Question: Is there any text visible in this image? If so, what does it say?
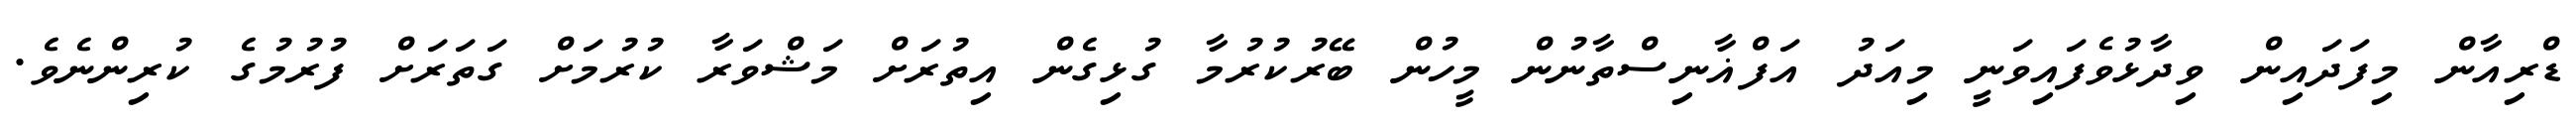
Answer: ޑްރިއާން މިފަދައިން ވިދާޅުވެފައިވަނީ މިއަދު އަފްޣާނިސްތާނުން މީހުން ބޭރުކުރުމާ ގުޅިގެން އިތުރަށް މަޝްވަރާ ކުރުމަށް ގަތަރަށް ފުރުމުގެ ކުރިންނެވެ.